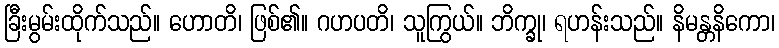
ခြီးမွမ်းထိုက်သည်။ ဟောတိ၊ ဖြစ်၏။ ဂဟပတိ၊ သူကြွယ်။ ဘိက္ခု၊ ရဟန်းသည်။ နိမန္တနိကော၊